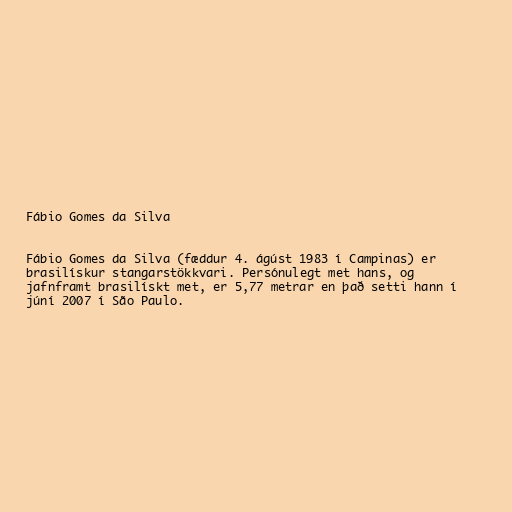
Fábio Gomes da Silva

Fábio Gomes da Silva (fæddur 4. ágúst 1983 í Campinas) er
brasilískur stangarstökkvari. Persónulegt met hans, og
jafnframt brasilískt met, er 5,77 metrar en það setti hann í
júní 2007 í São Paulo.